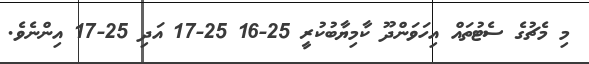
މި މެޗުގެ ސެޓުތައް އިހަވަންދޫ ކާމިޔާބުކުރީ 25-16 25-17 އަދި 25-17 އިންނެވެ.